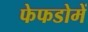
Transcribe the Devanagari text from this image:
फेफडोमें